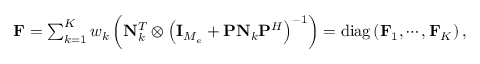
\begin{array} { r } { { \uppercase { \mathbf { F } } } = \sum _ { k = 1 } ^ { K } w _ { k } \left( { \uppercase { \mathbf { N } } } _ { k } ^ { T } \otimes \left( { \uppercase { \mathbf { I } } } _ { M _ { e } } + { \uppercase { \mathbf { P } } } { \uppercase { \mathbf { N } } } _ { k } { \uppercase { \mathbf { P } } } ^ { H } \right) ^ { - 1 } \right) = \mathrm { { d i a g } } \left( { \uppercase { \mathbf { F } } } _ { 1 } , \cdots , { \uppercase { \mathbf { F } } } _ { K } \right) , } \end{array}